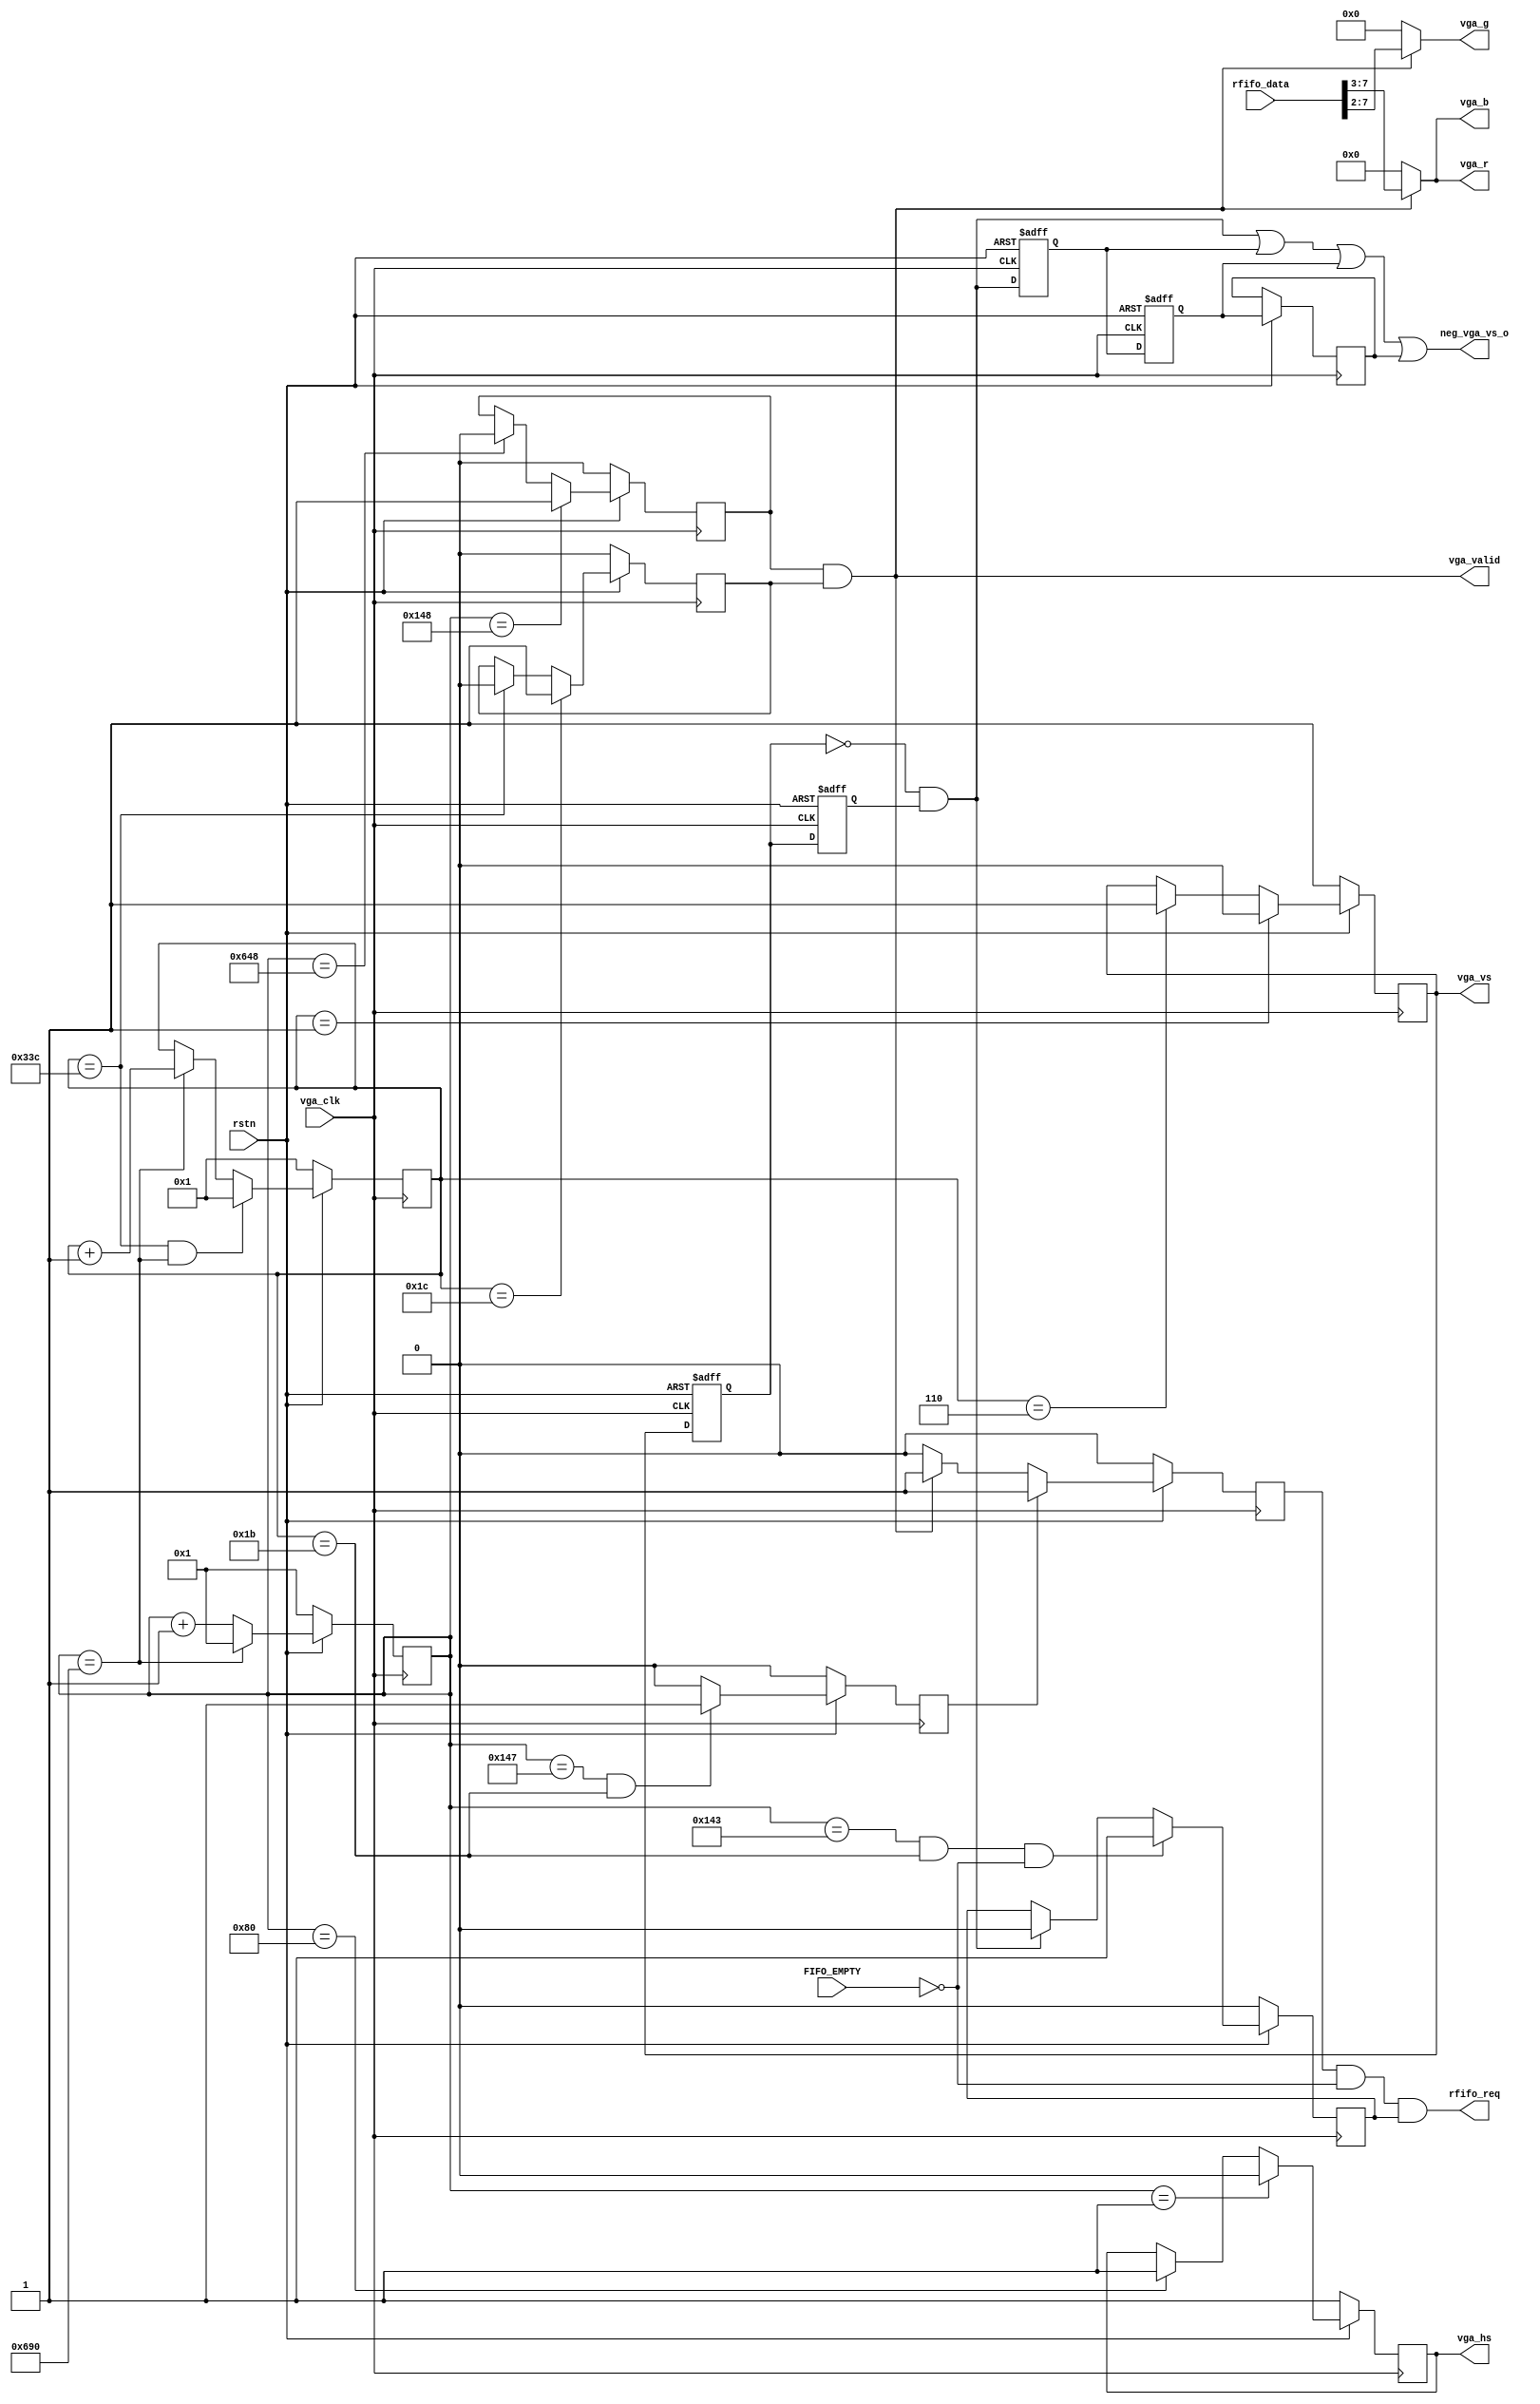

module vga_display(
            input  vga_clk          ,
			input  rstn             ,
			output vga_hs           ,             //
			output vga_vs           ,             //
			output [4:0] vga_r      ,
			output [5:0] vga_g      ,
			output [4:0] vga_b      ,
            output rfifo_req        ,
            input  [7:0] rfifo_data ,
            input   FIFO_EMPTY      ,
            output wire  neg_vga_vs_o,         
            //
            output  vga_valid
//          output  vga_rd_done_flag          
            
    );
//-----------------------------------------------------------//                    
// 1280*768 VGA 60FPS_79.5MHz                                    
//-----------------------------------------------------------//                    
//`ifndef simulate
//parameter LinePeriod =1664;            //                                 
//parameter H_SyncPulse=128;             //Sync a                     
//parameter H_BackPorch=192;            //Back porch b192               
//parameter H_ActivePix=1280;            //Display interval c         
//parameter H_FrontPorch=64;            //Front porch d64               
//parameter Hde_start=320;                                                            
//parameter Hde_end=1600;                                                             
////-----------------------------------------------------------//                     
//// 1280*768 VGA 60FPS_79.5MHz                                     
////-----------------------------------------------------------//                     
//parameter FramePeriod =798;           //                                    
//parameter V_SyncPulse=7;              //Sync o                        
//parameter V_BackPorch=20;             //Back porch p20                  
//parameter V_ActivePix=768;            //Display interval q            
//parameter V_FrontPorch=3;             //Front porch r3                  
//parameter Vde_start=27;               //27                                          
//parameter Vde_end=795;                //798-3                               
//`else
//-----------------------------------------------------------//
//    1280*800 60hz 83.46MHZ                 
////-----------------------------------------------------------//
//parameter LinePeriod =1680;            //
//parameter H_SyncPulse=136;             //VGASync a
//parameter H_BackPorch=200;             //Back porch b
//parameter H_ActivePix=1280;            //Display interval c
//parameter H_FrontPorch=64;             //Front porch d
//parameter Hde_start=336;
//parameter Hde_end=1616;
//
//////-----------------------------------------------------------//
//////   1280*800 60Hz VGA
//////-----------------------------------------------------------//
//parameter FramePeriod =828;           //
//parameter V_SyncPulse=3;              //VGASync o
//parameter V_BackPorch=24;             //Back porch p
//parameter V_ActivePix=800;            //Display interval q
//parameter V_FrontPorch=1;             //Front porch r
//parameter Vde_start=27;               //27+16 
//parameter Vde_end=827;                //827-16 811
//-----------------------------------------------------------//
//    1280*800 60hz 83.46MHZ                 
////-----------------------------------------------------------//
parameter LinePeriod =1680;            //
parameter H_SyncPulse=128;             //VGASync a
parameter H_BackPorch=200;             //Back porch b
parameter H_ActivePix=1280;            //Display interval c
parameter H_FrontPorch=72;             //Front porch d
parameter Hde_start=328;
parameter Hde_end=1608;

////-----------------------------------------------------------//
////   1280*800 60Hz VGA
////-----------------------------------------------------------//
parameter FramePeriod =828;           //
parameter V_SyncPulse=6;              //VGASync o
parameter V_BackPorch=22;             //Back porch p
parameter V_ActivePix=800;            //Display interval q
parameter V_FrontPorch=3;             //Front porch r
parameter Vde_start=28;               //27+16 
parameter Vde_end=828;                //827-16 811
//-----------------------------------------------------------//
//         TB    64*48
//-----------------------------------------------------------//
//
//parameter LinePeriod =75;            //
//parameter H_SyncPulse=4;             //VGASync a
//parameter H_BackPorch=5;             //Back porch b
//parameter H_ActivePix=64;            //Display interval c
//parameter H_FrontPorch=2;             //Front porch d
//parameter Hde_start=9;
//parameter Hde_end=73;
//
////-----------------------------------------------------------//
////        TB  
////-----------------------------------------------------------//
//parameter FramePeriod =59;           //
//parameter V_SyncPulse=4;             //VGASync o
//parameter V_BackPorch=5;             //Back porch p
//parameter V_ActivePix=48;            //Display interval q
//parameter V_FrontPorch=2;             //Front porch r
//parameter Vde_start=9;               //27+24 720
//parameter Vde_end=57;                //51+720720
//`endif
//-----------------------------------------------------------//
//-----------------------------------------------------------//
  wire neg_vga_vs;
  reg[10 : 0] x_cnt;
  reg[9 : 0]  y_cnt;
  reg hsync_r;
  reg vsync_r; 
  reg hsync_de;
  reg vsync_de;
  reg vga_vs_d0,vga_vs_d1;
  reg first_word_flag ;
  reg neg_vga_vs_d0,neg_vga_vs_d1,neg_vga_vs_d2;
//----------------------------------------------------------------
////////// 
//----------------------------------------------------------------
always @ (posedge vga_clk)
       if(~rstn)    x_cnt <= 11'd1;             
       else if(x_cnt == LinePeriod) x_cnt <= 11'd1;
       else x_cnt <= x_cnt+ 11'd1;
		 
//----------------------------------------------------------------
////////// hsync,hsync_de
//----------------------------------------------------------------
always @ (posedge vga_clk)
   begin
       if(~rstn) hsync_r <= 1'b1;                      //
       else if(x_cnt == 1) hsync_r <= 1'b0;            //hsync 136
       else if(x_cnt == H_SyncPulse) hsync_r <= 1'b1;  
		
	    if(~rstn) hsync_de <= 1'b0;
       else if(x_cnt == Hde_start) hsync_de <= 1'b1;   //hsync_de
       else if(x_cnt == Hde_end) hsync_de <= 1'b0;	
	end

//----------------------------------------------------------------
////////// 
//----------------------------------------------------------------
always @ (posedge vga_clk)
       if(~rstn) y_cnt <= 10'd1;
       else if((y_cnt == FramePeriod)&&(x_cnt == LinePeriod)) y_cnt <= 10'd1;
       else if(x_cnt == LinePeriod) y_cnt <= y_cnt+10'd1;

//----------------------------------------------------------------
////////// vsync, vsync_de
//----------------------------------------------------------------
always @ (posedge vga_clk)
  begin
       if(~rstn) vsync_r <= 1'b1;
       else if(y_cnt == 1) vsync_r <= 1'b0;    //vsync
       else if(y_cnt == V_SyncPulse) vsync_r <= 1'b1;
		
	    if(~rstn) vsync_de <= 1'b0;
       else if(y_cnt == Vde_start) vsync_de <= 1'b1;    //vsync_de
       else if(y_cnt == Vde_end) vsync_de <= 1'b0;	 
  end
//----------------------------------------------------------------
////////// ddr
//---------------------------------------------------------------- 
reg first_read ;
always @(posedge vga_clk)
begin
   if (rstn==1'b0) begin
	    first_read<=1'b0;
     end
   else begin
       if ((x_cnt==Hde_start-1'b1) && (y_cnt==Vde_start-1'b1)) //VGA
	        first_read<=1'b1;
	   else
		    first_read<=1'b0;
	   end
end
//----------------------------------------------------------------
////////// ddr, 8bit 1DDR2
//---------------------------------------------------------------- 
always @(posedge vga_clk)
begin
    if (rstn==1'b0) begin
	    first_word_flag<=1'b0;
     end
    else begin
        if ((x_cnt==Hde_start-3'd5)&&(y_cnt==Vde_start-1'b1)&&~FIFO_EMPTY) //FIFO
	        first_word_flag <= 1'b1;
	    else if ( neg_vga_vs ) begin
		    first_word_flag <= 1'b0;
	    end
        else begin
		    first_word_flag <= first_word_flag;
	    end
    end
end
reg ddr_rden;
 always @(negedge vga_clk) begin
    if (rstn==1'b0) begin
	 	ddr_rden<=1'b0;
    end
    else begin
	if (first_read) begin                    //vga
	    ddr_rden<=1'b1;
    end
	else if (hsync_de && vsync_de) begin                    //vga
	    ddr_rden<=1'b1;
    end
	else begin
	    ddr_rden<=1'b0;
	end
	end
end
    //- neg_vga_vs -------------------------------
    always@(posedge	vga_clk or negedge rstn)
    if(rstn == 1'b0)begin
        vga_vs_d0 <= 1'b0;
        vga_vs_d1 <= 1'b0;
    end
    else begin
        vga_vs_d0 <= vsync_r;               //
        vga_vs_d1 <= vga_vs_d0;
	end 

    //-----------
    always@(posedge	vga_clk or negedge rstn)
    if(rstn == 1'b0)begin
        neg_vga_vs_d0 <= 1'b0;
        neg_vga_vs_d1 <= 1'b0;
    end
    else begin
        neg_vga_vs_d0 <= neg_vga_vs;               //
        neg_vga_vs_d1 <= neg_vga_vs_d0;
        neg_vga_vs_d2 <= neg_vga_vs_d1;
	end 
    
    assign neg_vga_vs = (!vga_vs_d0 && vga_vs_d1);
    assign neg_vga_vs_o = neg_vga_vs|neg_vga_vs_d0|neg_vga_vs_d1|neg_vga_vs_d2;
    assign rfifo_req = ddr_rden&&(~FIFO_EMPTY)&&first_word_flag;
    //assign rfifo_req = ddr_rden&&(~FIFO_EMPTY);
    assign vga_hs = hsync_r;
    assign vga_vs = vsync_r; 
    assign vga_valid = hsync_de && vsync_de ;    
    assign vga_r = vga_valid?rfifo_data[7:3]:5'b00000 ;
    assign vga_g = vga_valid?rfifo_data[7:2]:6'b000000;
    assign vga_b = vga_valid?rfifo_data[7:3]:5'b00000 ;

    //assign vga_rd_done_flag = (y_cnt >= 795)? 1'b1:1'b0;  

    //assign rfifo_req = ~FIFO_EMPTY;
    //assign neg_vga_vs = FIFO_EMPTY;
endmodule